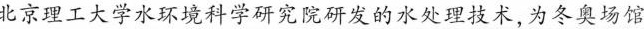
北京理工大学水环境科学研究院研发的水处理技术,为冬奥场馆